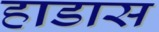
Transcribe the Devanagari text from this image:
हाडास